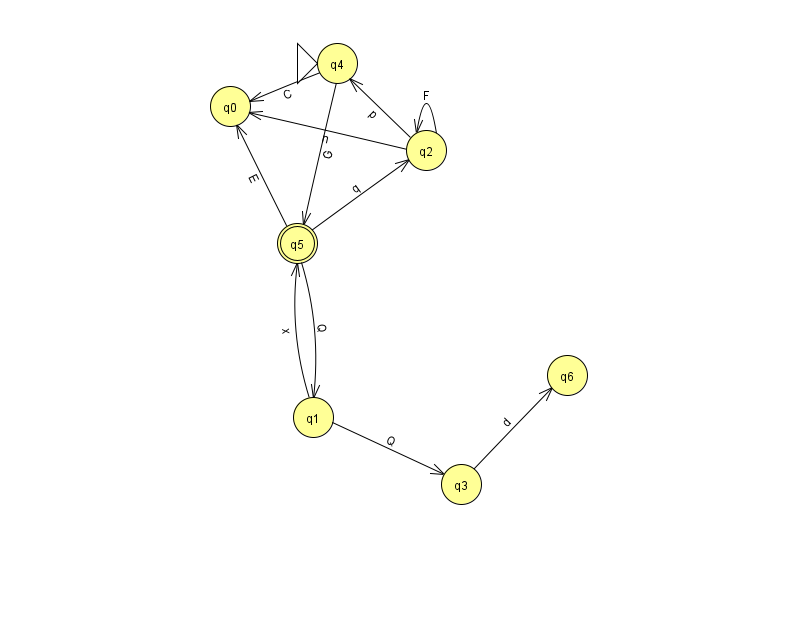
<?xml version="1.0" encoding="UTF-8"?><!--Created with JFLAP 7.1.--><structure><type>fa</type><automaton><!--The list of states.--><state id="0" name="q0"><x>230.0</x><y>93.0</y></state><state id="1" name="q1"><x>313.0</x><y>404.0</y></state><state id="2" name="q2"><x>426.0</x><y>137.0</y></state><state id="3" name="q3"><x>461.0</x><y>471.0</y></state><state id="4" name="q4"><x>337.0</x><y>50.0</y><initial/></state><state id="5" name="q5"><x>297.0</x><y>230.0</y><final/></state><state id="6" name="q6"><x>567.0</x><y>362.0</y></state><!--The list of transitions.--><transition><from>1</from><to>5</to><read>x</read></transition><transition><from>1</from><to>3</to><read>Q</read></transition><transition><from>4</from><to>0</to><read>C</read></transition><transition><from>2</from><to>2</to><read>F</read></transition><transition><from>2</from><to>4</to><read>p</read></transition><transition><from>3</from><to>6</to><read>d</read></transition><transition><from>5</from><to>2</to><read>q</read></transition><transition><from>4</from><to>5</to><read>G</read></transition><transition><from>5</from><to>0</to><read>E</read></transition><transition><from>5</from><to>1</to><read>Q</read></transition><transition><from>2</from><to>0</to><read>n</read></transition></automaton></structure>